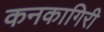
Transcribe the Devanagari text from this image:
कनकागिरी